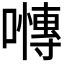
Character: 𭋪